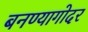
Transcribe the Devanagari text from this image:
बनण्यागोदर